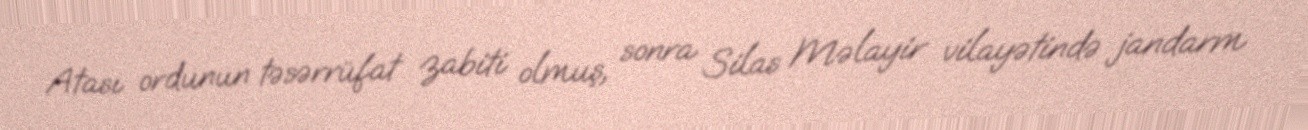
Atası ordunun təsərrüfat zabiti olmuş, sonra Silas Məlayir vilayətində jandarm